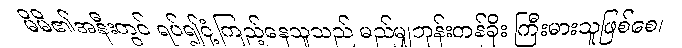
မိမိ၏အနီးတွင် ရပ်၍ငုံ့ကြည့်နေသူသည် မည်မျှဘုန်းတန်ခိုး ကြီးမားသူဖြစ်စေ၊